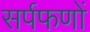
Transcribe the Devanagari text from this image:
सर्पफणों